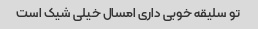
تو سلیقه خوبی داری امسال خیلی شیک است